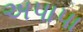
અપાપા